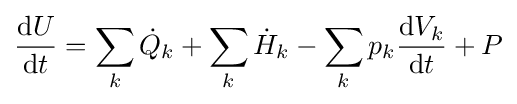
{\frac {\mathrm {d} U}{\mathrm {d} t}}=\sum _{k}{\dot {Q}}_{k}+\sum _{k}{\dot {H}}_{k}-\sum _{k}p_{k}{\frac {\mathrm {d} V_{k}}{\mathrm {d} t}}+P